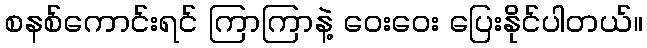
စနစ်ကောင်းရင် ကြာကြာနဲ့ ဝေးဝေး ပြေးနိုင်ပါတယ်။